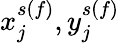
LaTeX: x_{j}^{s(f)},y_{j}^{s(f)}